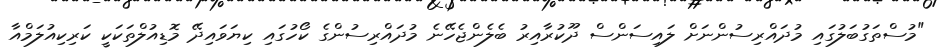
"މުސްތަގުބަލުގައި މުދައްރިސުންނަށް ލައިސަންސް ދޫކުރާއިރު ބެލެންޖެހޭނެ މުދައްރިސުންގެ ކޯހުގައި ކިޔަވައިދޭ މޮޑިއުލްތަކަކީ ކަރިކިއުލަމްއާ